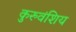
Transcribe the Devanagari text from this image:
कुरुवंशिय